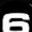
Digit: 6